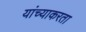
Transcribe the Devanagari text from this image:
यांच्याकरता